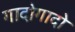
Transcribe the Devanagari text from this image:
गादोगादो